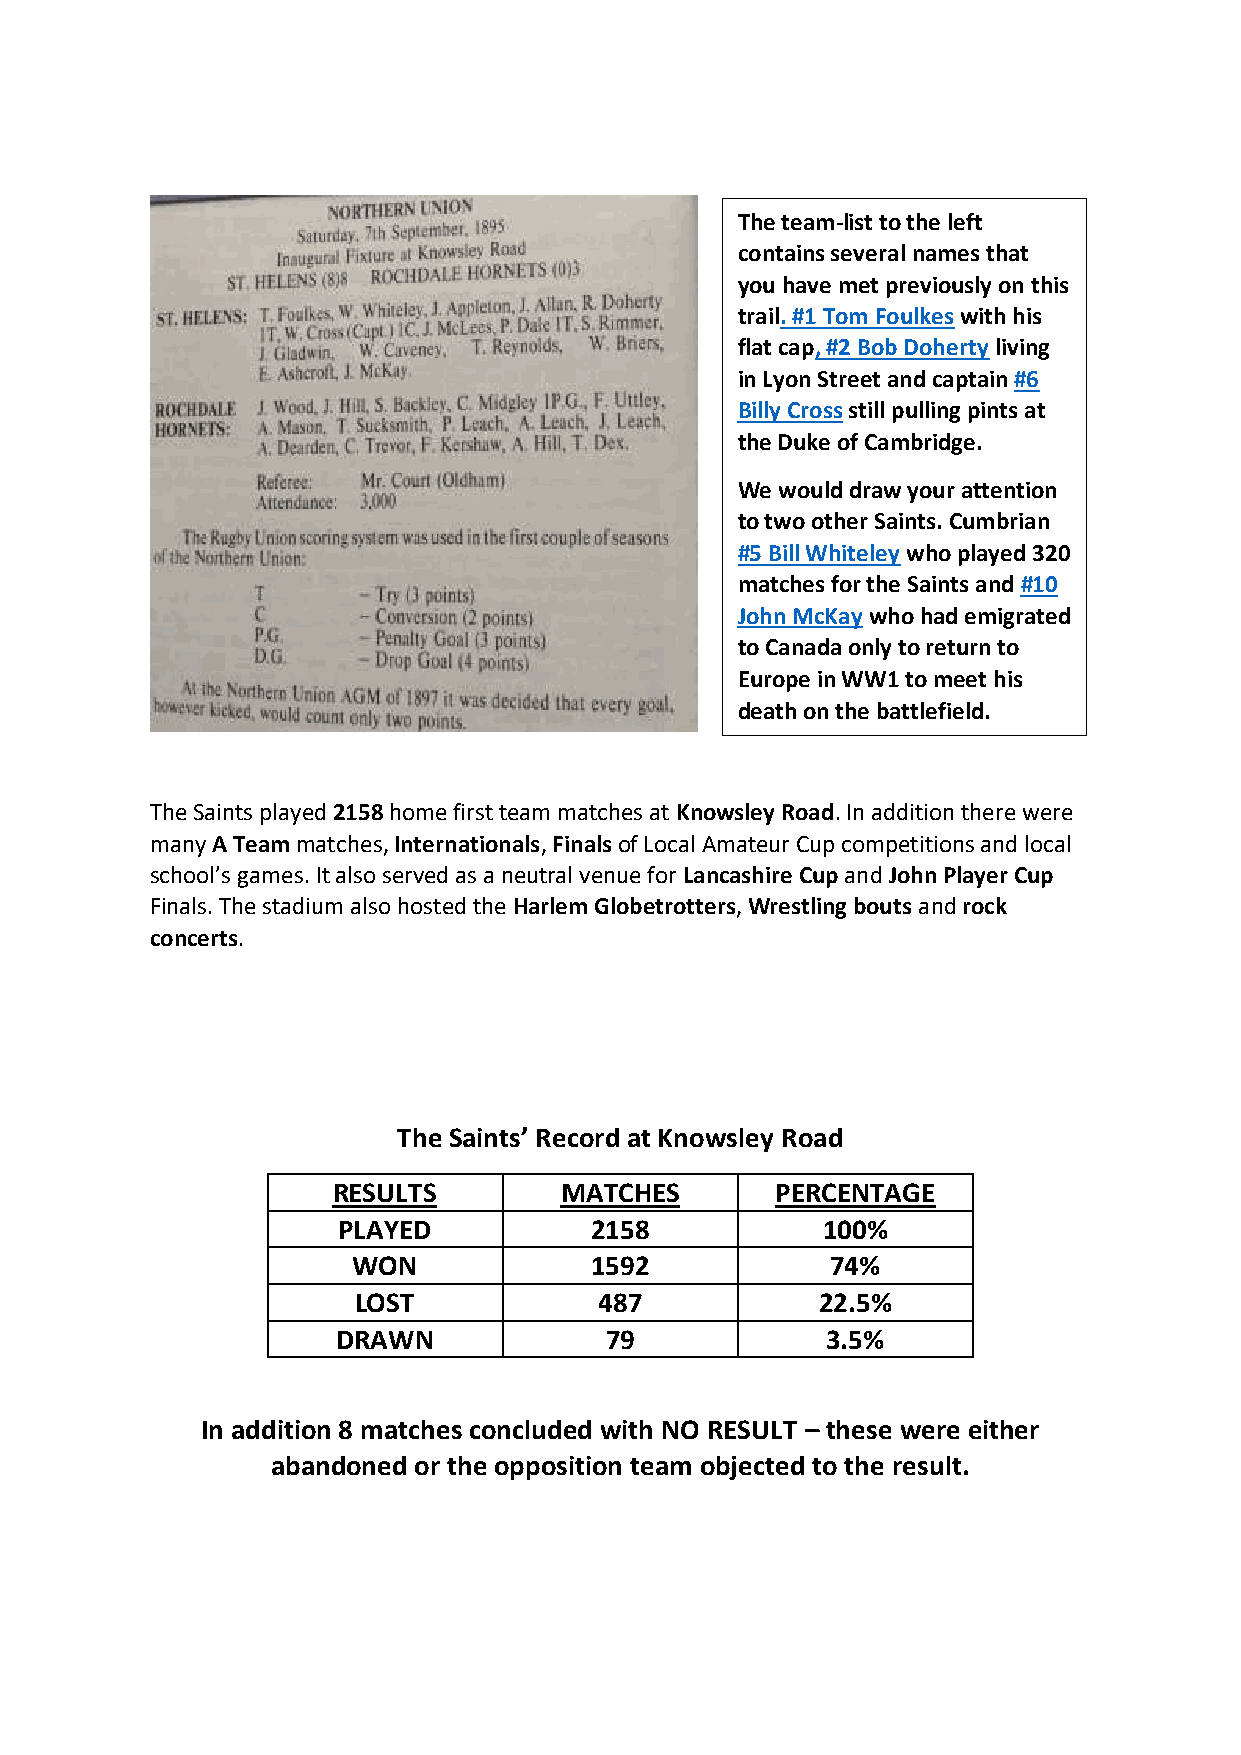
The team-list to the left
 contains several names that
 you have met previously on this
 trail. #1 Tom Foulkes with his
 flat cap, #2 Bob Doherty living
 in Lyon Street and captain #6
 Billy Cross still pulling pints at
 the Duke of Cambridge.
 We would draw your attention
 to two other Saints. Cumbrian
 #5 Bill Whiteley who played 320
 matches for the Saints and #10
 John McKay who had emigrated
 to Canada only to return to
 Europe in WW1 to meet his
 death on the battlefield.
 The Saints played 2158 home first team matches at Knowsley Road. In addition there were
 many A Team matches, Internationals, Finals of Local Amateur Cup competitions and local
 school’s games. It also served as a neutral venue for Lancashire Cup and John Player Cup
 Finals. The stadium also hosted the Harlem Globetrotters, Wrestling bouts and rock
 concerts.
 The Saints’ Record at Knowsley Road
 RESULTS        MATCHES       PERCENTAGE
 PLAYED           2158           100%
 WON             1592            74%
 LOST             487           22.5%
 DRAWN             79             3.5%
 In addition 8 matches concluded with NO RESULT – these were either
 abandoned or the opposition team objected to the result.